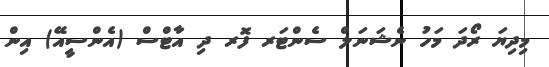
މިދިޔަ ރޯދަ މަހު ނެޝަނަލް ސެންޓަރ ފޮރ ދި އާޓްސް (އެންސީއޭ) އިން